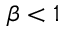
\beta < 1